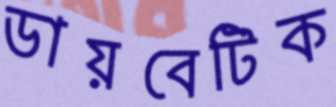
ডায়বেটিক